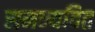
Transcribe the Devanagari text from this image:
समन्यवित